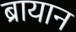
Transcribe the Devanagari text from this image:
ब्रायान